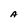
Character: A